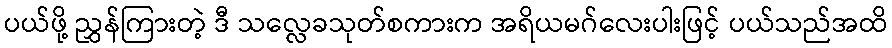
ပယ်ဖို့ ညွှန်ကြားတဲ့ ဒီ သလ္လေခသုတ်စကားက အရိယမဂ်လေးပါးဖြင့် ပယ်သည်အထိ